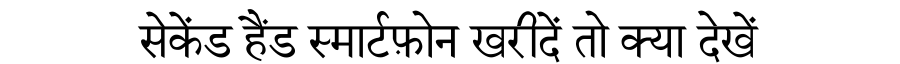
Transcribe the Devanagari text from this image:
सेकेंड हैंड स्मार्टफ़ोन खरीदें तो क्या देखें